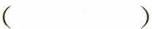
( )